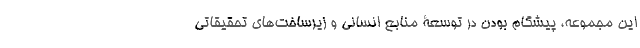
این مجموعه، پیشگام بودن در توسعۀ منابع انسانی و زیرساخت‌های تحقیقاتی